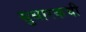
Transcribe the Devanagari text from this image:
सुधारकची